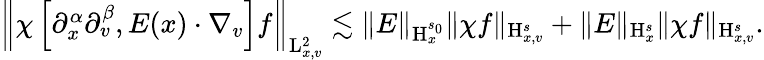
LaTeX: \begin{array}{r}{\left\Vert\chi\left[\partial_{x}^{\alpha}\partial_{v}^{\beta},E(x)\cdot\nabla_{v}\right]f\right\Vert_{\mathrm{L}_{x,v}^{2}}\lesssim\Vert E\Vert_{\mathrm{H}_{x}^{s_{0}}}\Vert\chi f\Vert_{\mathrm{H}_{x,v}^{s}}+\Vert E\Vert_{\mathrm{H}_{x}^{s}}\Vert\chi f\Vert_{\mathrm{H}_{x,v}^{s}}.}\end{array}